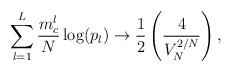
LaTeX: \begin{align*} \sum_{l=1}^L\frac{m^l_c}{N}\log(p_l)\rightarrow \frac{1}{2}\left(\frac{4}{V_N^{2/N}}\right),\end{align*}